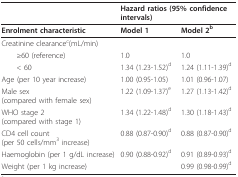
|  | <COLSPAN=2> Hazard ratios (95% confidence intervals) |
 | --- | --- | --- |
 | Enrolment characteristic | Model 1 | Model 2b |
 | Creatinine clearancec(mL/min) |  |  |
 | ≥60 (reference) | 1.0 | 1.0 |
 | < 60 | 1.34 (1.23-1.52)d | 1.24 (1.11-1.39)d |
 | Age (per 10 year increase) | 1.00 (0.95-1.05) | 1.01 (0.96-1.07) |
 | Male sex (compared with female sex) | 1.22 (1.09-1.37)e | 1.27 (1.13-1.42)d |
 | WHO stage 2 (compared with stage 1) | 1.34 (1.22-1.48)d | 1.30 (1.18-1.43)d |
 | CD4 cell count(per 50 cells/mm3 increase) | 0.88 (0.87-0.90)d | 0.88 (0.87-0.90)d |
 | Haemoglobin (per 1 g/dL increase) | 0.90 (0.88-0.92)d | 0.91 (0.89-0.93)d |
 | Weight (per 1 kg increase) |  | 0.99 (0.98-0.99)d |